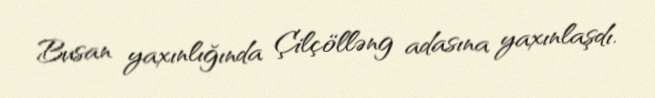
Busan yaxınlığında Çilçölləng adasına yaxınlaşdı.